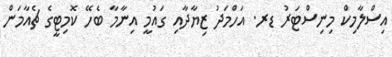
އިސްލާމިކް މިނިސްޓަރު ޑރ. އަހްމަދު ޒިޔާދާއި ގައުމީ އިނާމާ ބެހޭ ކޮމިޓީގެ ޗެއާމަން